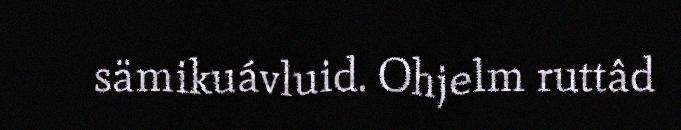
sämikuávluid. Ohjelm ruttâd